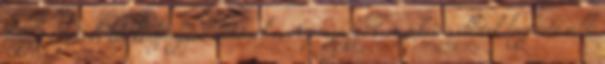
függő ügynöki tevékenységnek minősül-e, A pénzügyi tranzakciós illeték legfontosabb